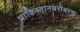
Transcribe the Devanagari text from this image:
पाकिस्तानबरोबरच